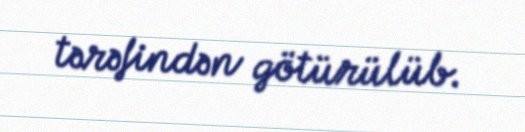
tərəfindən götürülüb.